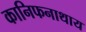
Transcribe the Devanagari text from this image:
कानिफनाथाय